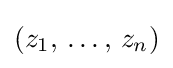
(z_{1},\,\dots ,\,z_{n})